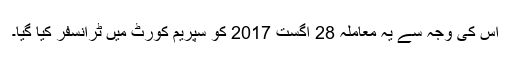
اس کی وجہ سے یہ معاملہ 28 اگست 2017 کو سپریم کورٹ میں ٹرانسفر کیا گیا۔